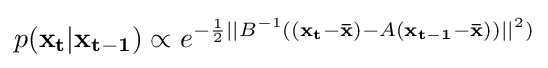
p(\mathbf {x_{t}} |\mathbf {x_{t-1}} )\propto e^{-{\frac {1}{2}}||B^{-1}((\mathbf {x_{t}} -\mathbf {\bar {x}} )-A(\mathbf {x_{t-1}} -\mathbf {\bar {x}} ))||^{2})}